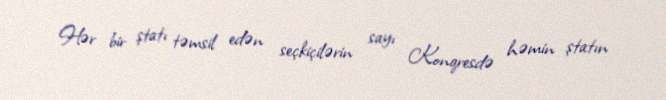
Hər bir ştatı təmsil edən seçkiçilərin sayı Konqresdə həmin ştatın